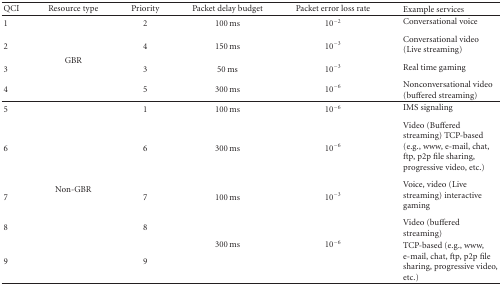
<table><thead><tr><td><b>QCI</b></td><td><b>Resource type</b></td><td><b>Priority</b></td><td><b>Packet delay budget</b></td><td><b>Packet error loss rate</b></td><td><b>Example services</b></td></tr></thead><tbody><tr><td>1</td><td rowspan="4">GBR</td><td>2</td><td>100 ms</td><td>10<sup>−2</sup></td><td>Conversational voice</td></tr><tr><td>2</td><td>4</td><td>150 ms</td><td>10<sup>−3</sup></td><td>Conversational video (Live streaming) </td></tr><tr><td>3</td><td>3</td><td>50 ms</td><td>10<sup>−3</sup></td><td>Real time gaming</td></tr><tr><td>4</td><td>5</td><td>300 ms</td><td>10<sup>−6</sup></td><td>Nonconversational video (buffered streaming) </td></tr><tr><td>5</td><td rowspan="5">Non-GBR</td><td>1</td><td>100 ms</td><td>10<sup>−6</sup></td><td>IMS signaling</td></tr><tr><td>6</td><td>6</td><td>300 ms</td><td>10<sup>−6</sup></td><td>Video (Buffered streaming) TCP-based (e.g., www, e-mail, chat, ftp, p2p file sharing, progressive video, etc.) </td></tr><tr><td>7</td><td>7</td><td>100 ms</td><td>10<sup>−3</sup></td><td>Voice, video (Live streaming) interactive gaming</td></tr><tr><td>8</td><td>8</td><td rowspan="2">300 ms</td><td rowspan="2">10<sup>−6</sup></td><td>Video (buffered streaming)</td></tr><tr><td>9</td><td>9</td><td>TCP-based (e.g., www, e-mail, chat, ftp, p2p file sharing, progressive video, etc.)</td></tr></tbody></table>